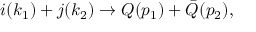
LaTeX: i ( k _ { 1 } ) + j ( k _ { 2 } ) \rightarrow Q ( p _ { 1 } ) + \bar { Q } ( p _ { 2 } ) ,